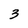
Character: 3